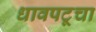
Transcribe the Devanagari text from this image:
धावपटूचा